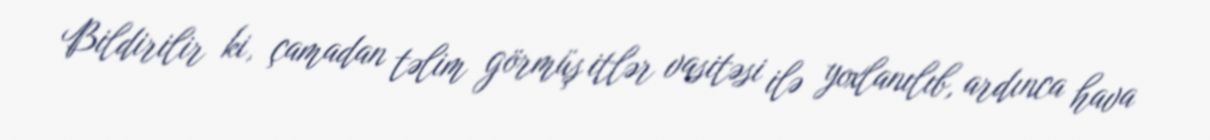
Bildirilir ki, çamadan təlim görmüş itlər vasitəsi ilə yoxlanılıb, ardınca hava